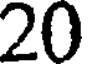
20